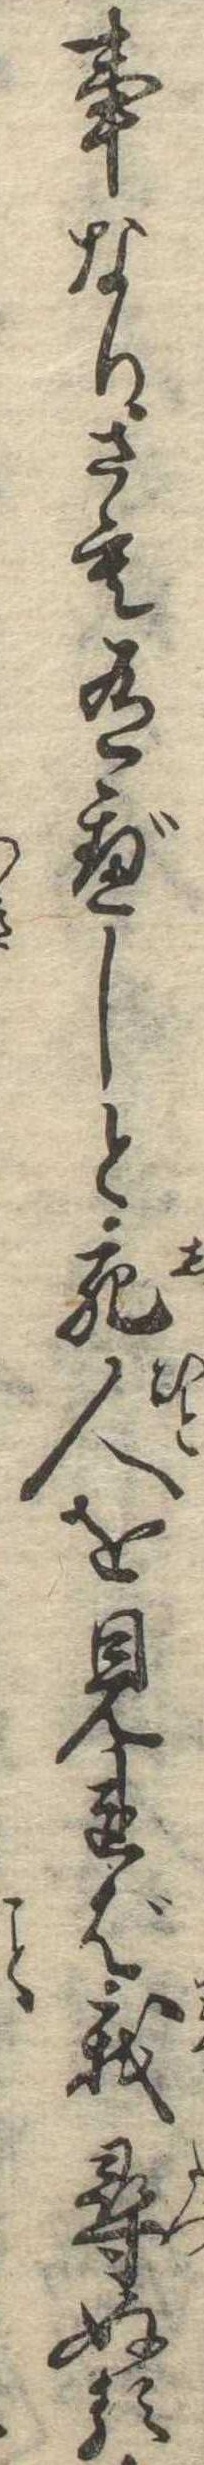
事なりさも有べしと死人を見れば我尋ぬる